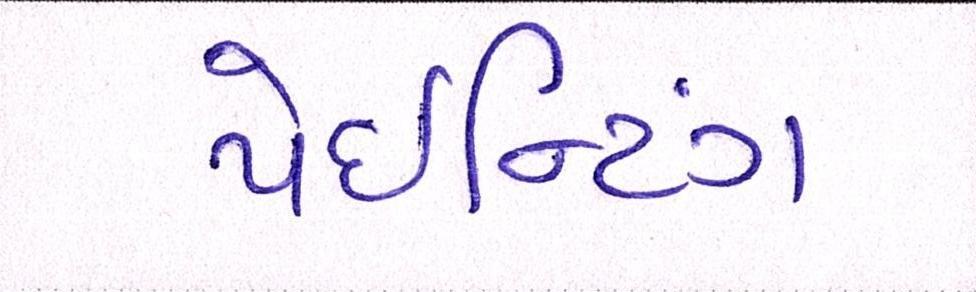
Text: પેઈન્ટિંગ